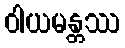
ဝါယမန္တဿ